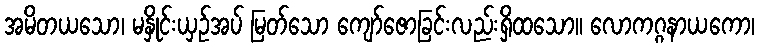
အမိတယသော၊ မနှိုင်းယှဉ်အပ် မြတ်သော ကျော်ဇောခြင်းလည်းရှိထသော။ လောကဂ္ဂနာယကော၊